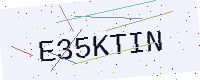
Text: E35KTIN